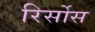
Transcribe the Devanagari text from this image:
रिर्सोस